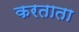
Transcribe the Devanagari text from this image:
करताता